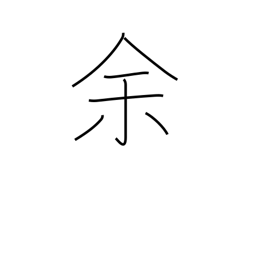
Meaning: remainder